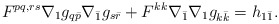
\begin{align*} F^{pq,rs} \nabla_1g_{q\bar p}\nabla_{\bar 1}g_{s\bar r} + F^{kk}\nabla_{\bar 1}\nabla_1 g_{ k\bar k} = h_{1\bar 1}.\end{align*}